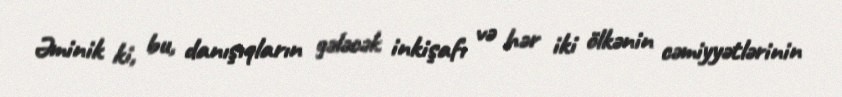
Əminik ki, bu, danışıqların gələcək inkişafı və hər iki ölkənin cəmiyyətlərinin